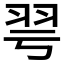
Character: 𦏻